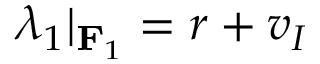
\lambda _ { 1 } | _ { \mathbf { F } _ { 1 } } = r + v _ { I }